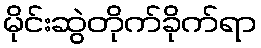
မိုင်းဆွဲတိုက်ခိုက်ရာ